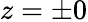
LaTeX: z=\pm 0